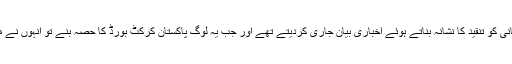
یہی وہ لوگ تھے ہر دوسرے دن مصباح الحق کی کپتانی کو تنقید کا نشانہ بناتے ہوئے اخباری بیان جاری کردیتے تھے اور جب یہ لوگ پاکستان کرکٹ بورڈ کا حصہ بنے تو انہوں نے مصباح کو ہٹانے کے لیے کوئی کسر نہیں اٹھا رکھی۔